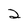
Character: 2